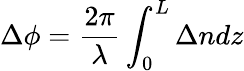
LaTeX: \Delta\phi=\frac{2\pi}{\lambda}\int_{0}^{L}\Delta ndz